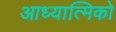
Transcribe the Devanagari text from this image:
आध्यात्मिको